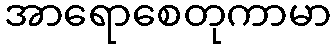
အာရောစေတုကာမာ